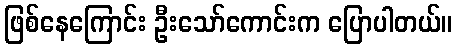
ဖြစ်နေကြောင်း ဦးသော်ကောင်းက ပြောပါတယ်။